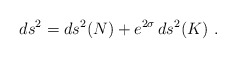
\begin{align*} ds^2 = ds^2(N) + e^{2\sigma}\, ds^2(K)~.\end{align*}